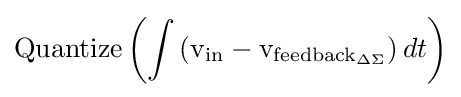
\operatorname {Quantize} \left(\int \left({\text{v}}_{\text{in}}-{\text{v}}_{{\text{feedback}}_{\Delta \Sigma }}\right)dt\right)